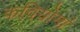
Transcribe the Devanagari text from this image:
कवियोमां